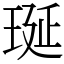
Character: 𤥻